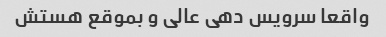
واقعا سرویس دهی عالی و بموقع هستش